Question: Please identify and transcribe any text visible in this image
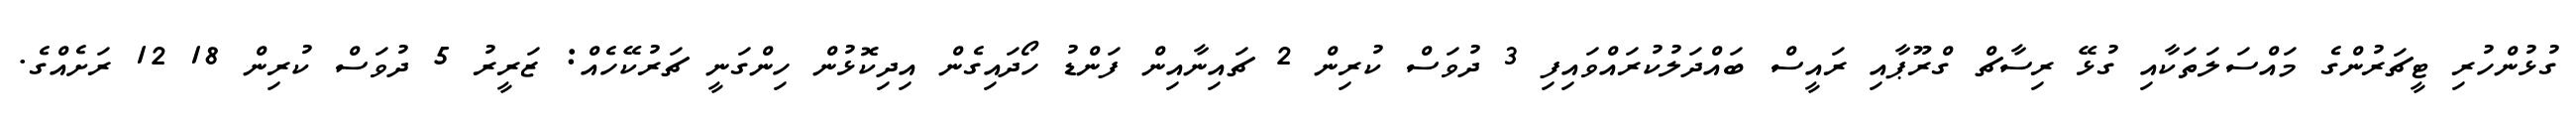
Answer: ގުޅުންހުރި ޓީޗަރުންގެ މައްސަލަތަކާއި ގުޅޭ ރިސާޗް ގްރޫޕާއި ރައީސް ބައްދަލުކުރައްވައިފި 3 ދުވަސް ކުރިން 2 ޗައިނާއިން ފަންޑު ހޯދައިގެން އިދިކޮޅުން ހިންގަނީ ޗަރުކޭހެއް: ޒަރީރު 5 ދުވަސް ކުރިން 18 12 ރަށެއްގެ.